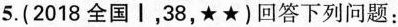
5.(2018全国I，38，★★)回答下列问题：